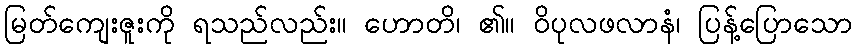
မြတ်ကျေးဇူးကို ရသည်လည်း။ ဟောတိ၊ ၏။ ဝိပုလဖလာနံ၊ ပြန့်ပြောသော